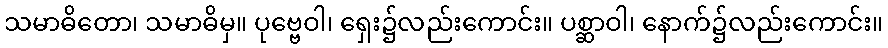
သမာဓိတော၊ သမာဓိမှ။ ပုဗ္ဗေဝါ၊ ရှေး၌လည်းကောင်း။ ပစ္ဆာဝါ၊ နောက်၌လည်းကောင်း။